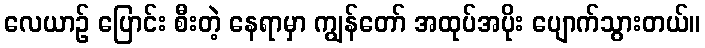
လေယာဉ် ပြောင်း စီးတဲ့ နေရာမှာ ကျွန်တော် အထုပ်အပိုး ပျောက်သွားတယ်။